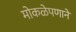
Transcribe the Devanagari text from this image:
मोकळेपणानें